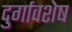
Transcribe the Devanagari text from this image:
दुर्गावशेष